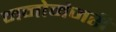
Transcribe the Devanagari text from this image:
मनोमंजरी